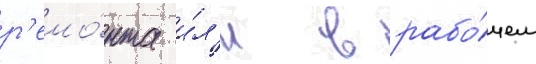
р'емо́нта и́л'и в рабо́чем